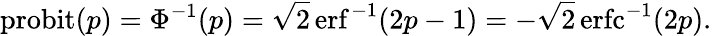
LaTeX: \operatorname{probit}(p)=\Phi^{-1}(p)={\sqrt{2}}\operatorname{erf}^{-1}(2p-1)=-{\sqrt{2}}\operatorname{erfc}^{-1}(2p).